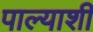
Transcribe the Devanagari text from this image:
पाल्याशी